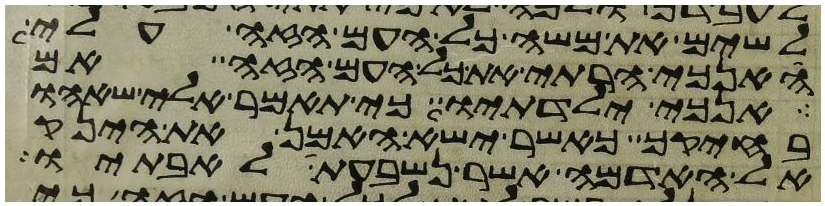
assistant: לשים את משא כל העם הזה עלי
האנכי הרתי את כל העם הזה אם
אנכי ילדתיו כי תאמר אלי שאהו
בחיקך כאשר ישא האמן את הינק
אל האדמה אשר נשבעת לאבתיו